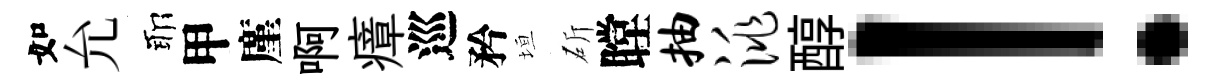
如允耶甲廑啊瘴巡矜垣斫瞠抽洮醇！